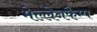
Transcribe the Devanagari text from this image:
मेल्लेनकैम्प